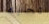
تحبه